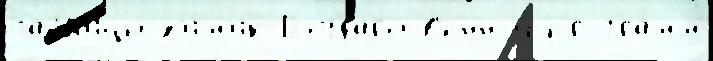
Табл'и́цы х'и́м'ик Госуда́рств'енной програ́мм